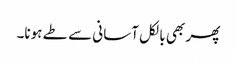
پھر بھی بالکل آسانی سے طے ہونا۔